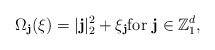
\begin{align*}\Omega_{\textbf{j}}(\xi)= |\textbf{j}|_2^2+\xi_{\textbf{j}}\mbox{for} \ \textbf{j}\in\mathbb{Z}_1^{d},\end{align*}